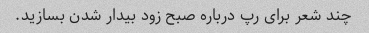
چند شعر برای رپ درباره صبح زود بیدار شدن بسازید.